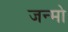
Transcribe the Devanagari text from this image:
जन्मो